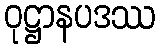
ဝုဋ္ဌာနပဒဿ